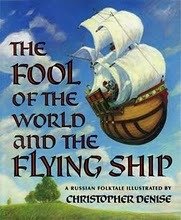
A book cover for The Fool of the World and the Flying Ship; Children's Books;